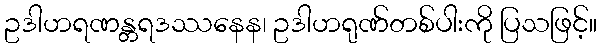
ဥဒါဟရဏန္တရဒဿနေန၊ ဥဒါဟရုဏ်တစ်ပါးကို ပြသဖြင့်။